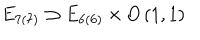
E _ { 7 ( 7 ) } \supset E _ { 6 ( 6 ) } \times O \left( 1 , 1 \right)